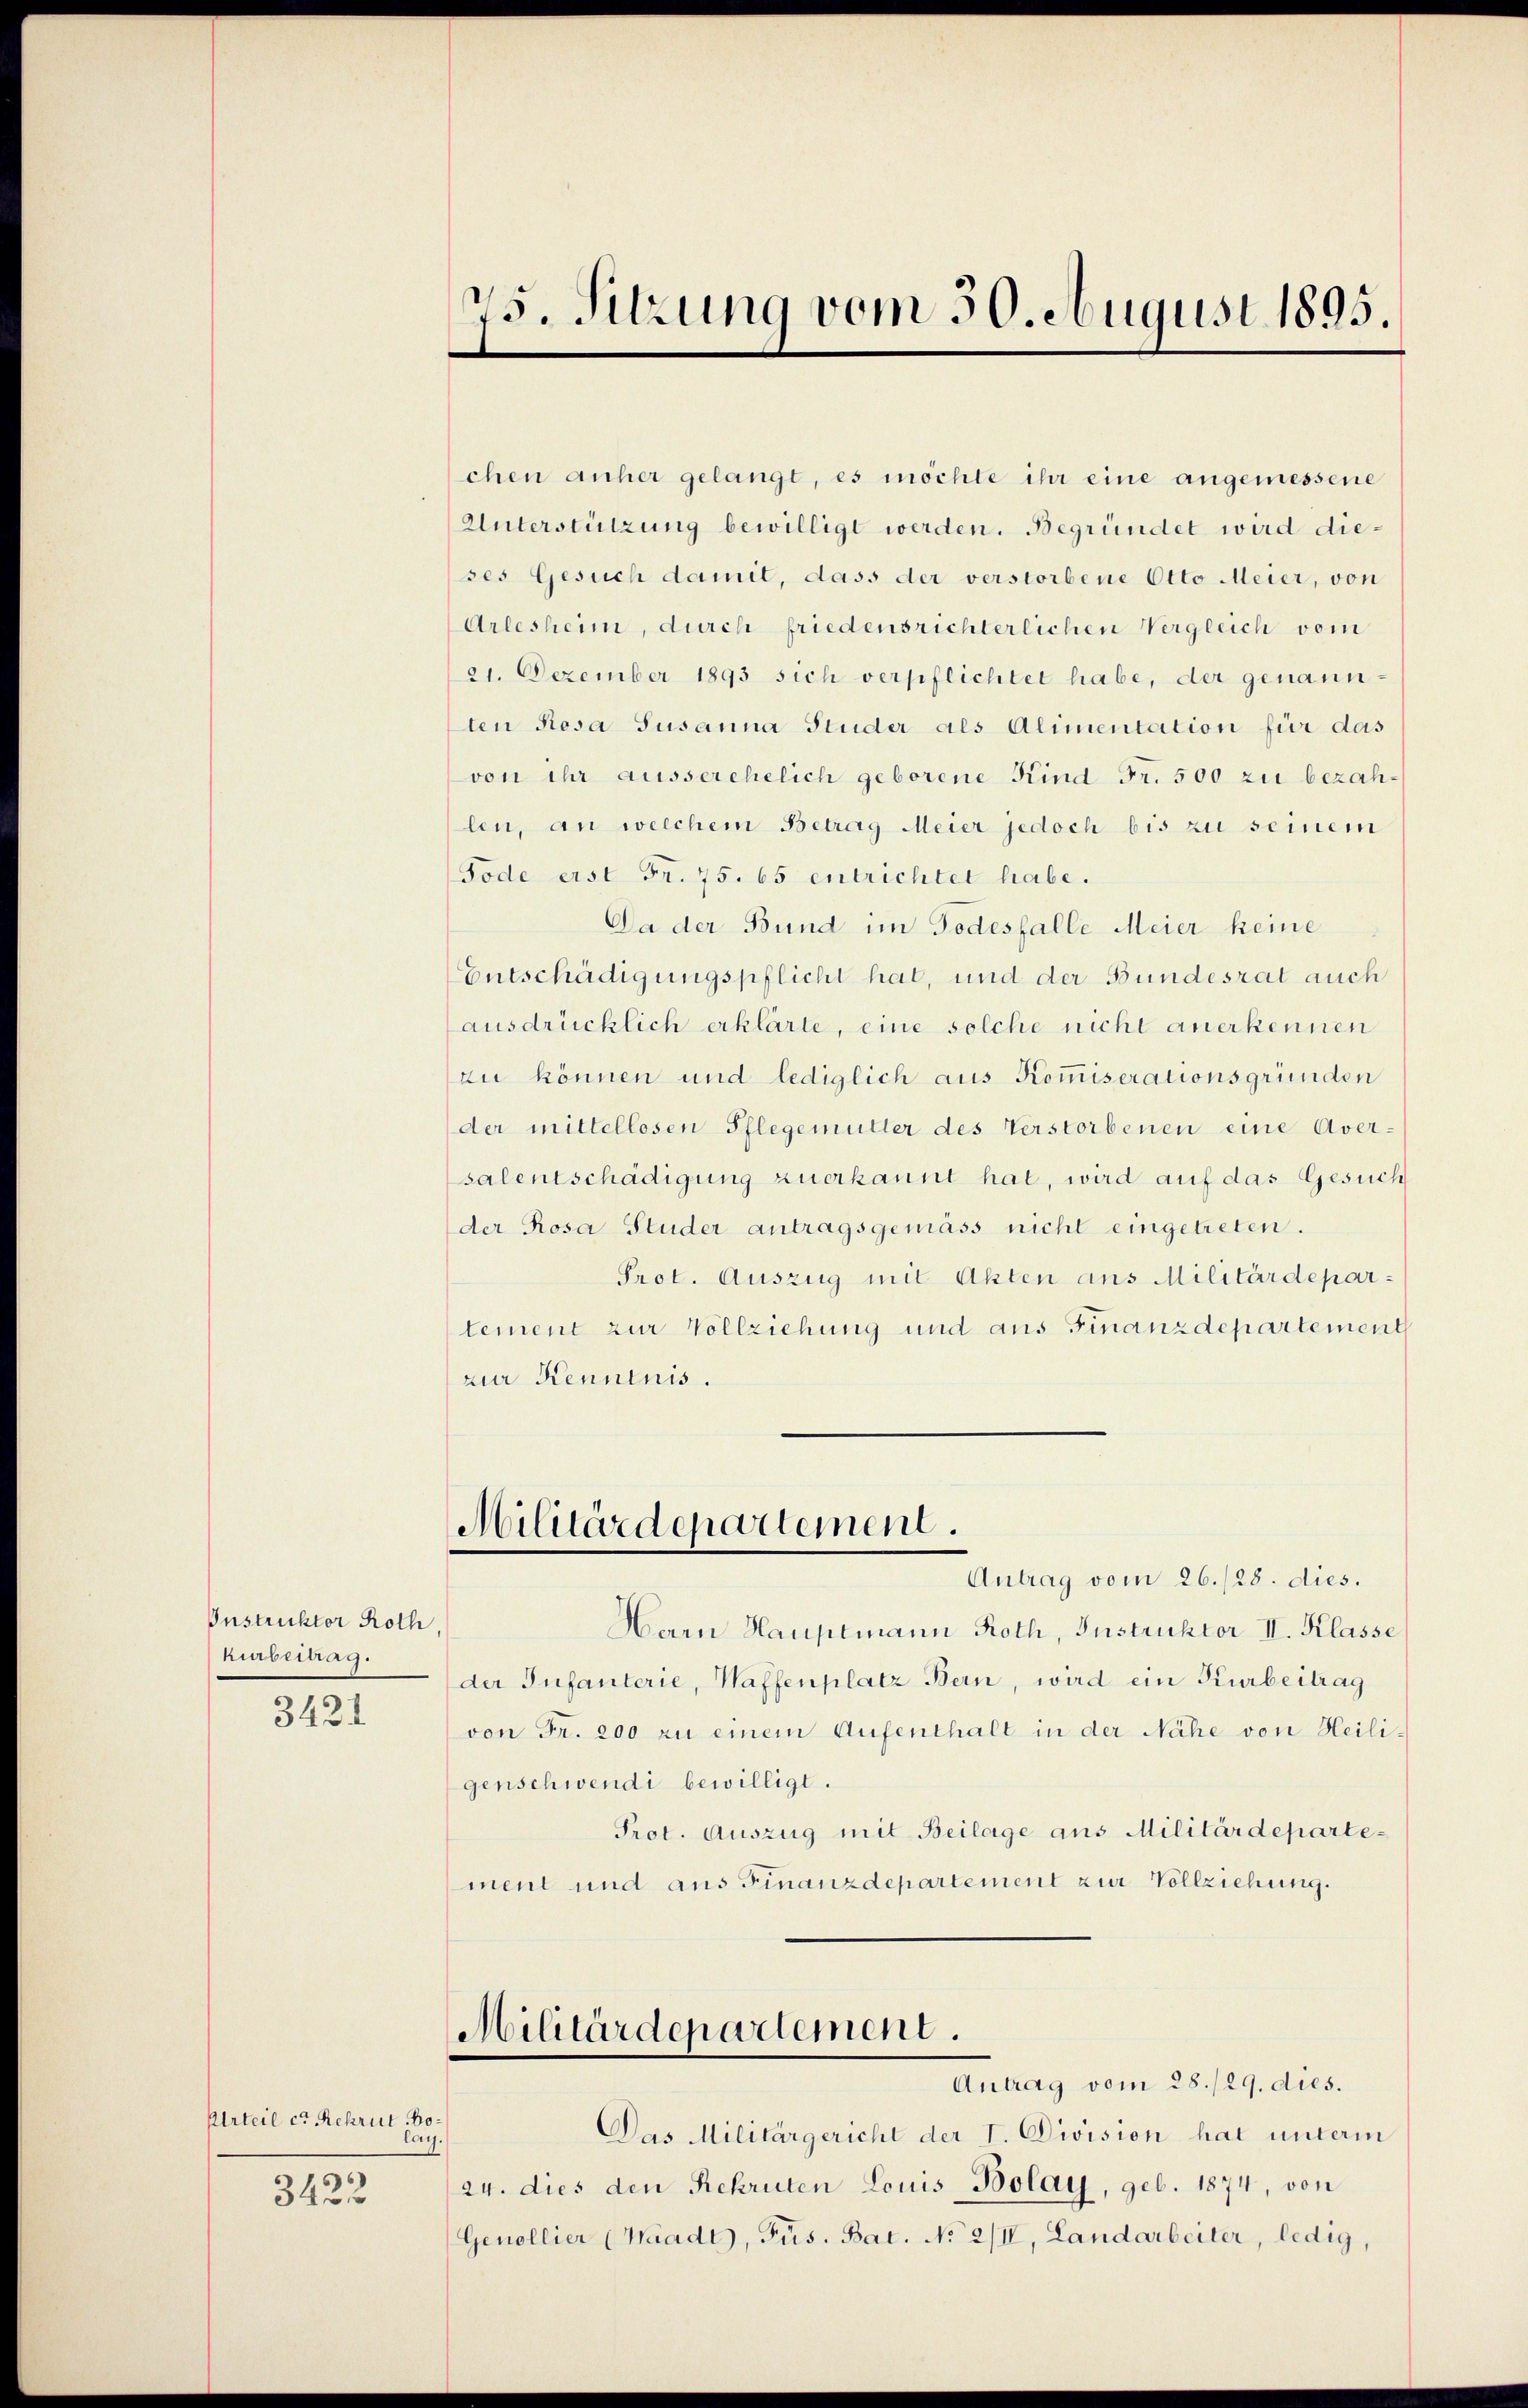
Instruktor Roth,
heubertrag.
3421

Urteil er Rekrut Dolag.
3422

75. Sitzung vom 30. August 1895.

chen anher gelangt, es möchte ihr eine angemessene
Unterstützung bewilligt werden. Begründet wird dieses Gesuch damit, dass der verstorbene Otto Meier, von
Arlesheim, durch friedensrichterlichen Vergleich vom
21. Dezember 1893 sich verpflichtet habe, der genann
ten Rosa Susanna Studer als Alimentation für das
von ihr ausserehelich geborene Kind Fr. 500 zu bezahlen, an welchem Betrag Meier jedoch bis zu seinem
Tode erst Fr. 75. 65 entrichtet habe.
Da der Bund im Todesfalle Meier keine
Entschädigungspflicht hat, und der Bundesrat auch
ausdrücklich erklärte, eine solche nicht anerkennen
zu können und lediglich aus Kommiserationsgründen
der mittellosen Pflegemutter des Verstorbenen eine Aversalentschädigung zuerkannt hat, wird auf das Gesuch
der Rosa Studer antragsgemäss nicht eingetreten.
Prot. Auszug mit Akten aus Militärdeparlement zur Vollziehung und aus Finanzdepartement
zur Kenntnis.

Militärdepartement.
Antrag vom 26./28. dies.

Harn Hauptmann Roth, Instruktor II. Klasse
der Infanterie, Waffenplatz Bern, wird ein Kurbeitrag
von Fr. 200 zu einem Aufenthalt in der Nähe von Heiligenschwendi bewilligt.
Prot. Auszug mit Beilage aus Militärdepartement und aus Finanzdepartement zur Vollziehung.
Militärdepartement.
Antrag vom 28./29. dies.
Das Militärgericht der I. Division hat unterm
24. dies den Rekruten Louis Bolay, geb. 1874, von
Genollier (Waadt, Pus. Bat. No 2/I, Landarbeiter, ledig,